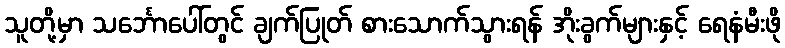
သူတို့မှာ သင်္ဘောပေါ်တွင် ချက်ပြုတ် စားသောက်သွားရန် အိုးခွက်များနှင့် ရေနံမီးဖို